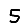
Digit: 5